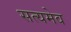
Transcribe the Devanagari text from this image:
सत्‍यमेव